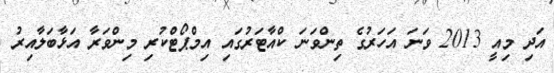
އަދި މިއީ 2013 ވަނަ އަހަރުގެ ތިންވަނަ ކްއާޓަރުގައި އިމްޕޯޓްކުރި މިންވަރާ އަޅާބަލާއިރު